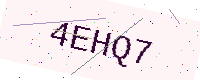
Text: 4EHQ7